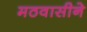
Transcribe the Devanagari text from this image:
मठवासीने